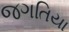
જગતિયા